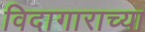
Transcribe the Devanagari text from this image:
विदागाराच्या